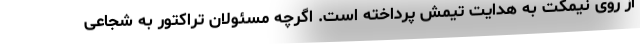
از روی نیمکت به هدایت تیمش پرداخته است. اگرچه مسئولان تراکتور به شجاعی